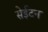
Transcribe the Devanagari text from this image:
सेईटन